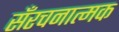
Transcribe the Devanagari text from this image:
सँरचनात्मक